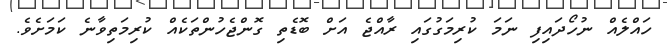
ހައްލެއް ނުހޯދައިފި ނަމަ ކުރިމަގުގައި ރާއްޖެ އަށް ބޮޑެތި ގޮންޖެހުންތަކެއް ކުރިމަތިވާނެ ކަމަށެވެ.